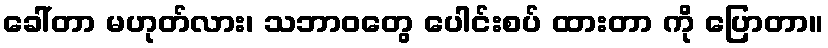
ခေါ်တာ မဟုတ်လား၊ သဘာဝတွေ ပေါင်းစပ် ထားတာ ကို ပြောတာ။